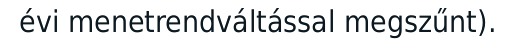
évi menetrendváltással megszűnt).